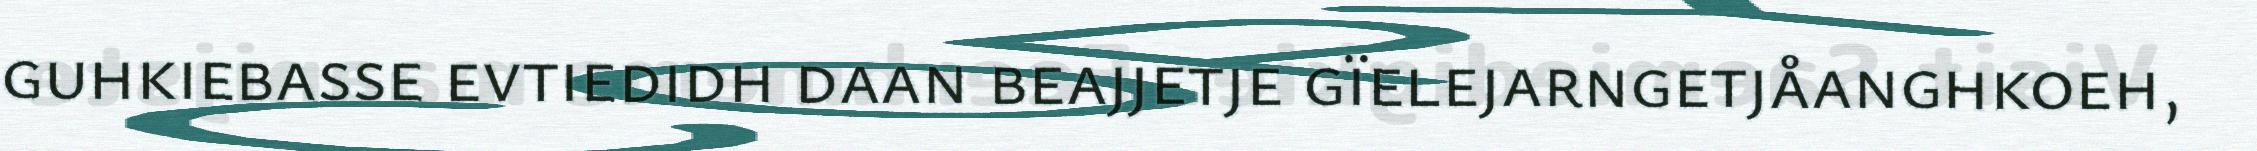
guhkiebasse evtiedidh daan beajjetje gïelejarngetjåanghkoeh,